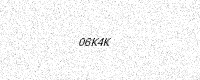
Text: 06K4K